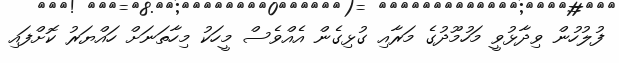
ފުލުހުން ވިދާޅުވީ މަހުމޫދުގެ މަރާއި ގުޅިގެން އެއްވެސް މީހަކު މިހާތަނަށް ހައްޔަރު ކޮށްފައި